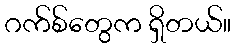
ဂက်စ်တွေက ရှိတယ်။